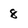
Character: 8